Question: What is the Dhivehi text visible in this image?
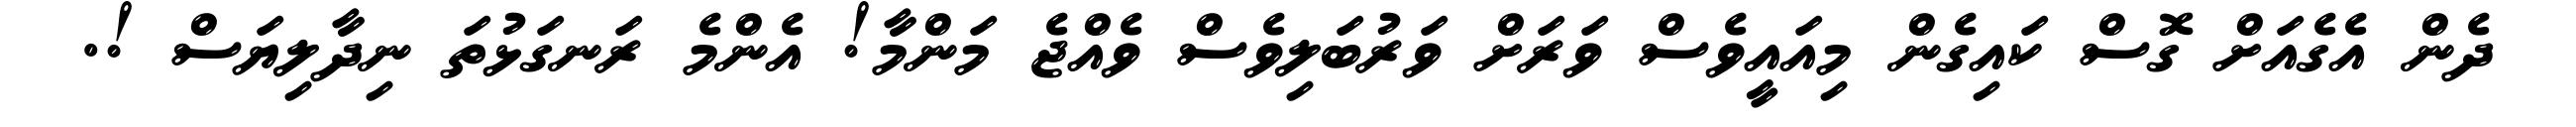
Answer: ދެން އެގެއަށް ގޮސް ކައިގެން މިއައީވެސް ވަރަށް ވަރުބަލިވެސް ވެއްޖެ މަންމާ! އެންމެ ރަނގަޅުތަ ނިދާލިޔަސް !.